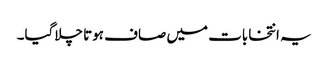
یہ انتخابات میں صاف ہوتا چلاگیا۔